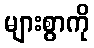
များစွာကို